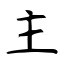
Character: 主